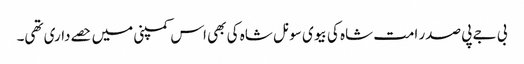
بی جے پی صدر امت شاہ کی بیوی سونل شاہ کی بھی اس کمپنی میں حصےداری تھی۔